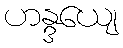
ဟန္ဒယျေ